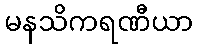
မနသိကရဏီယာ